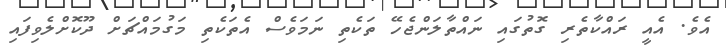
އެވެ. އެއީ ރައްކާތެރި ގޮތުގައި ނައްތާލަންޖެހޭ ތަކެތި ނަމަވެސް އެތަކެތި މަގުމައްޗަށް ދޫކޮށްލެވިފައި